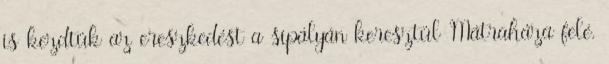
is kezdtük az ereszkedést a sípályán keresztül Mátraháza felé.